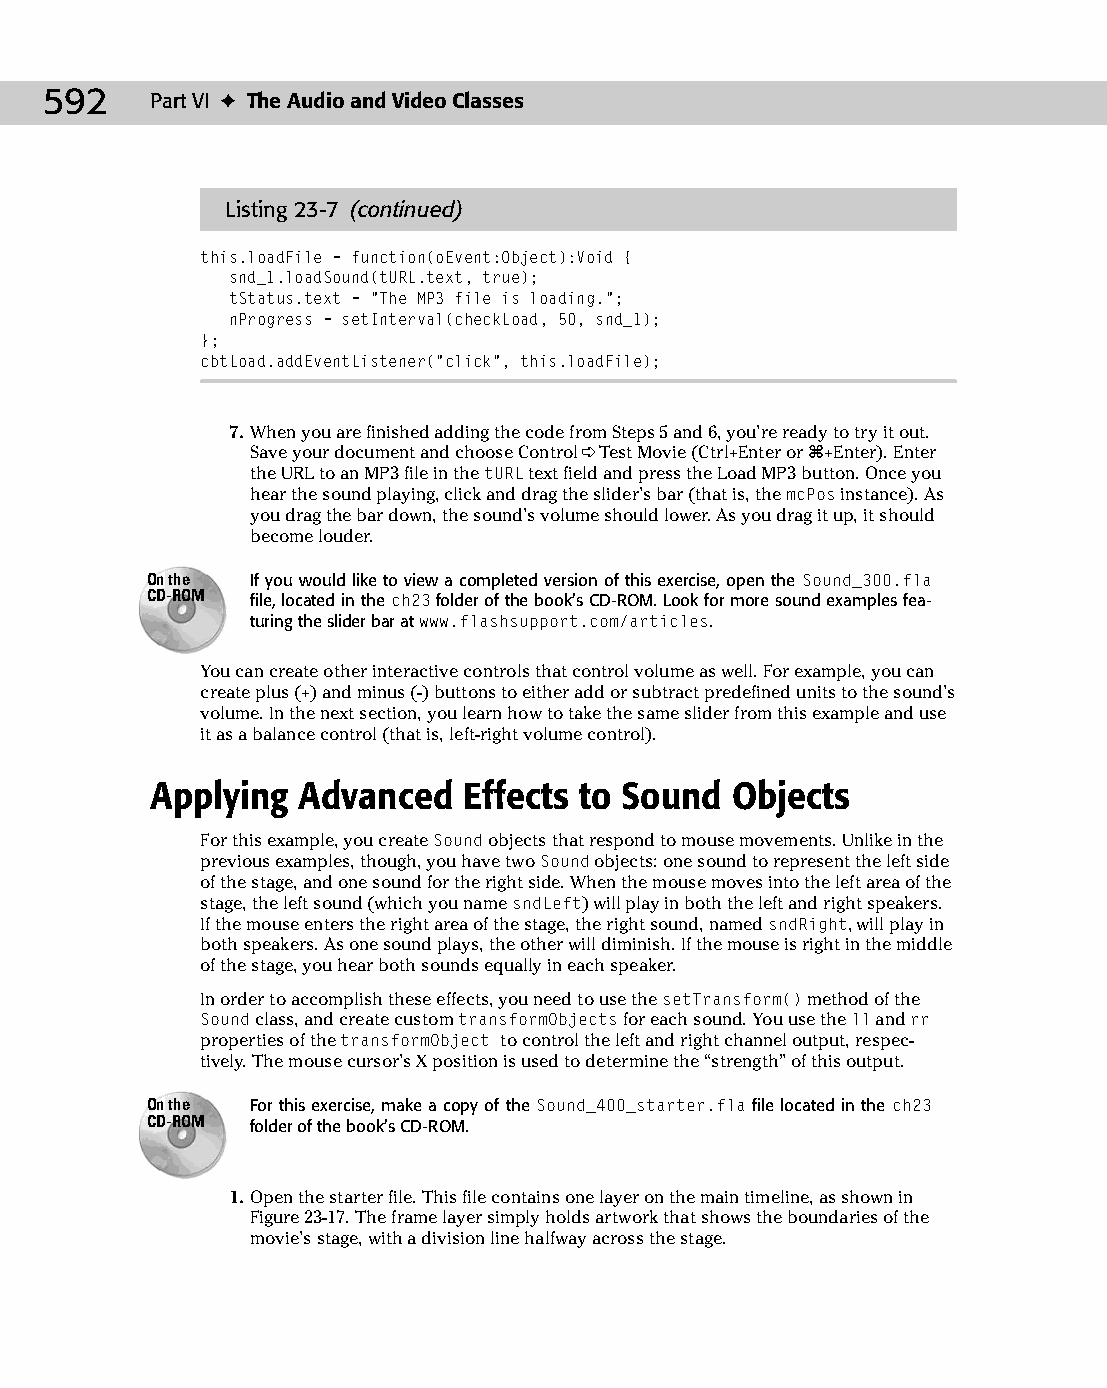
30 543547 ch23.qxd 3/24/04 4:09 PM Page 592
 592    Part VI ✦ The Audio and Video Classes
 Listing 23-7 (continued)
 this.loadFile = function(oEvent:Object):Void {
 snd_1.loadSound(tURL.text, true);
 tStatus.text = “The MP3 file is loading.”;
 nProgress = setInterval(checkLoad, 50, snd_1);
 };
 cbtLoad.addEventListener(“click”, this.loadFile);
 7. When you are finished adding the code from Steps 5 and 6, you’re ready to try it out.
 Save your document and choose Control ➪ Test Movie (Ctrl+Enter or Ô+Enter). Enter
 the URL to an MP3 file in the tURL text field and press the Load MP3 button. Once you
 hear the sound playing, click and drag the slider’s bar (that is, the mcPos instance). As
 you drag the bar down, the sound’s volume should lower. As you drag it up, it should
 become louder.
 On the If you would like to view a completed version of this exercise, open the Sound_300.fla
 CD-ROM file, located in the ch23 folder of the book’s CD-ROM. Look for more sound examples fea­
 turing the slider bar at www.flashsupport.com/articles.
 You can create other interactive controls that control volume as well. For example, you can
 create plus (+) and minus (-) buttons to either add or subtract predefined units to the sound’s
 volume. In the next section, you learn how to take the same slider from this example and use
 it as a balance control (that is, left-right volume control).
 Applying  Advanced   Effects to Sound Objects
 For this example, you create Sound objects that respond to mouse movements. Unlike in the
 previous examples, though, you have two Sound objects: one sound to represent the left side
 of the stage, and one sound for the right side. When the mouse moves into the left area of the
 stage, the left sound (which you name sndLeft) will play in both the left and right speakers.
 If the mouse enters the right area of the stage, the right sound, named sndRight, will play in
 both speakers. As one sound plays, the other will diminish. If the mouse is right in the middle
 of the stage, you hear both sounds equally in each speaker.
 In order to accomplish these effects, you need to use the setTransform() method of the
 Sound class, and create custom transformObjects for each sound. You use the ll and rr
 properties of the transformObject to control the left and right channel output, respec­
 tively. The mouse cursor’s X position is used to determine the “strength” of this output.
 On the For this exercise, make a copy of the Sound_400_starter.fla file located in the ch23
 CD-ROM folder of the book’s CD-ROM.
 1. Open the starter file. This file contains one layer on the main timeline, as shown in
 Figure 23-17. The frame layer simply holds artwork that shows the boundaries of the
 movie’s stage, with a division line halfway across the stage.